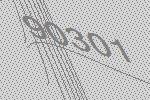
90301